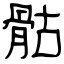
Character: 骷